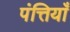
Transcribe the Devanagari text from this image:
पंत्तियाँ